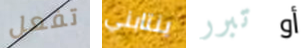
تفعل ينتابني تبرر أو